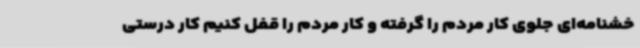
خشنامه‌ای جلوی کار مردم را گرفته و کار مردم را قفل کنیم کار درستی